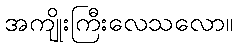
အကျိုးကြီးလေသလော။